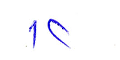
١٢